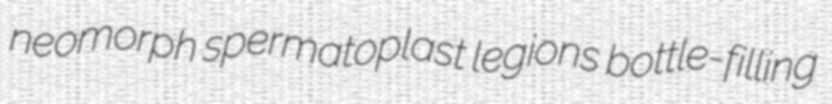
neomorph spermatoplast legions bottle-filling